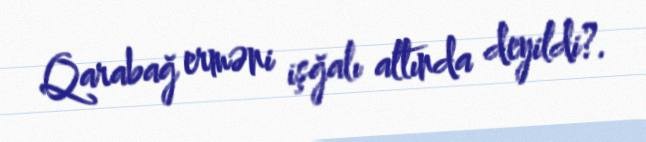
Qarabağ erməni işğalı altında deyildi?.